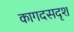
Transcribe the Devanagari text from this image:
कागदसदृश